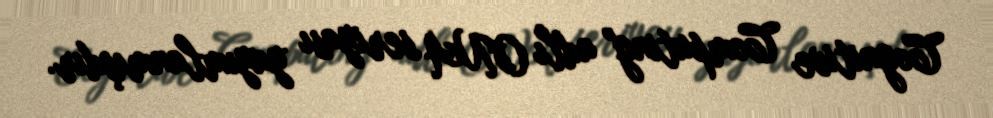
Cognitive Computing" adlı ONA seriyası yayımlanmışdır.